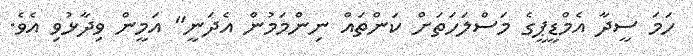
ހަމަ ސީދާ އެމްޑީޕީގެ މަސްލަހަތަށް ކަންތައް ނިންމަމުން އެދަނީ" އަމީން ވިދާޅުވި އެވެ.